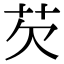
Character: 芡